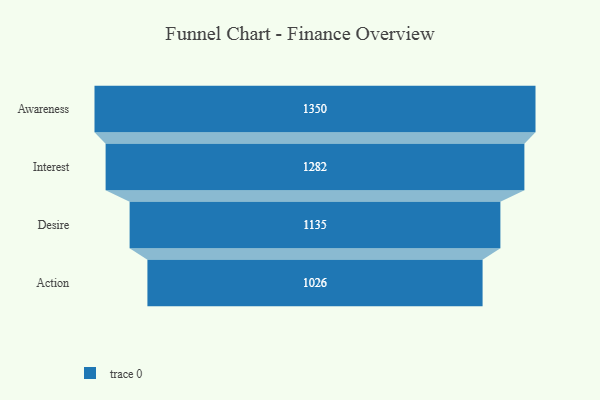
{"axis": {"x": "Stage", "y": "Value"}, "legend": [""], "data": [{"x": "Awareness", "y": 1350.0, "type": ""}, {"x": "Interest", "y": 1282.0, "type": ""}, {"x": "Desire", "y": 1135.0, "type": ""}, {"x": "Action", "y": 1026.0, "type": ""}]}